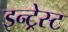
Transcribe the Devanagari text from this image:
इन्ट्रेस्ट